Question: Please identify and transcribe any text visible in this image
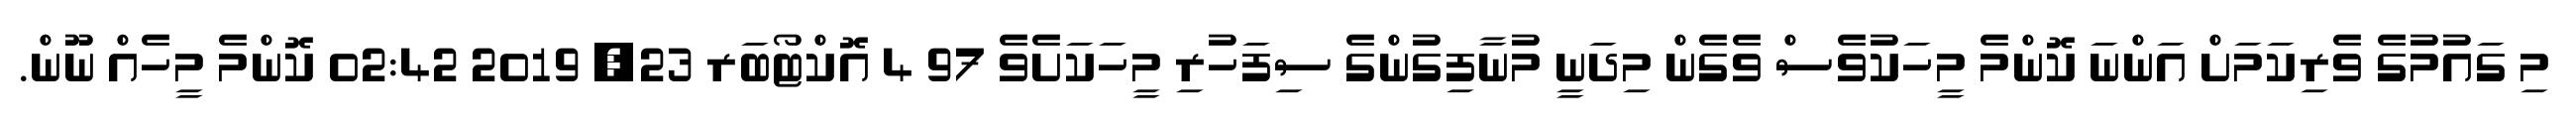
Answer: މި ގައުމުގެ ވެރިކަމަށް އަންނަ ކޮންމެ މީހަކުވެސް ވެގެން މިދަނީ މުނާފިގުންގެ ސިފަހުރި މީހަކަށެވެ 97 4 އޮކްޓޯބަރ 23, 2019 02:42 ކޮންމެ މީހެއް ނޫން.